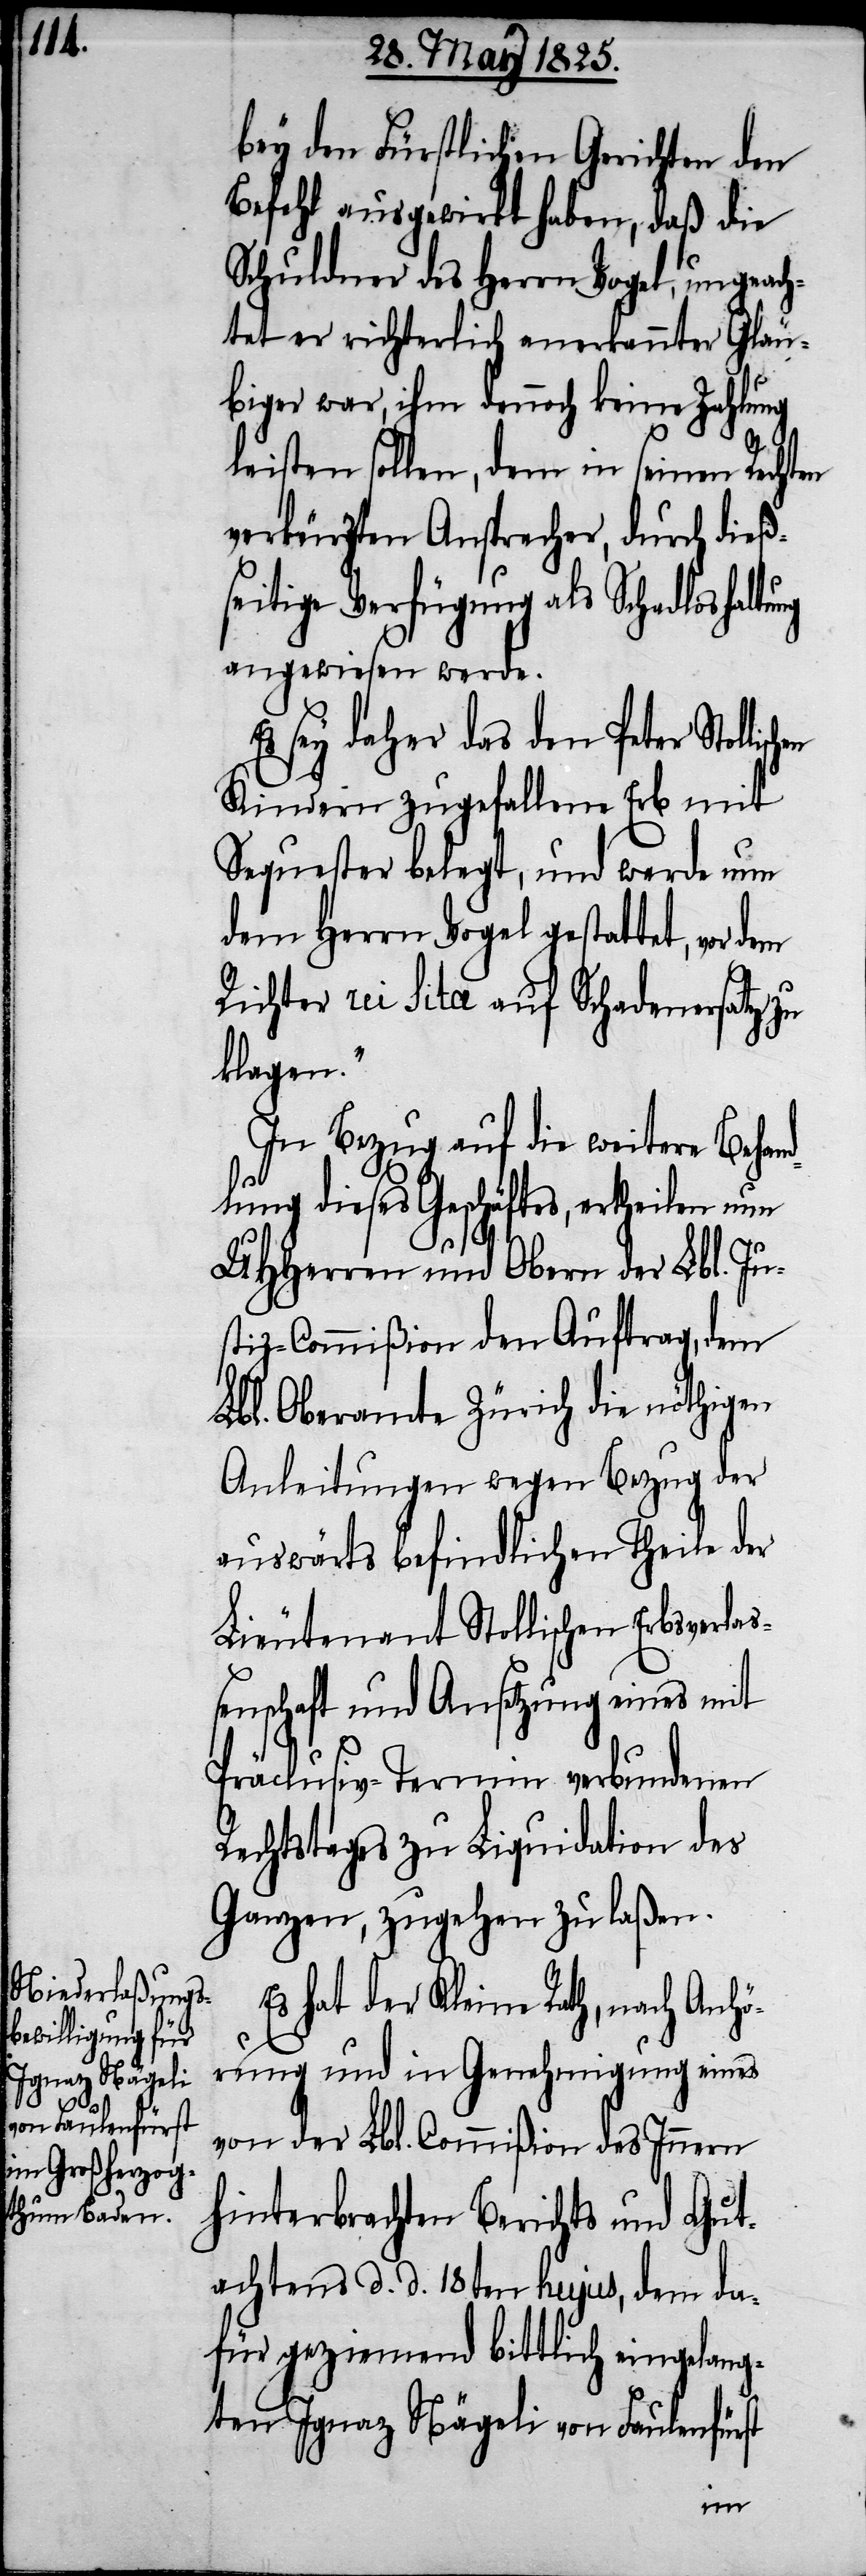
bey den Fürstlichen Gerichten den
Befehl ausgewirkt haben, daß die
Schuldner des Herrn Vogel, ungeach¬
tet er richterlich anerkannter Gläu¬
biger war, ihm dennoch keine Zahlung
sch¬
leisten sollen, dem in seinen Rechte
verbürgten Ansprecher, durch dieß¬
seitige Verfügung als Schadloshaltu¬
angewiesen werde.
sey daher des den Peter Stolli¬
Kindern zugefallene Erb mit
Sequester belegt, und werde nun
dem Herrn Vogel gestattet, vor dem
Richter rei Sita auf Schadenersatz zu
klagen.“
In Bezug auf die weitere Behan¬
dlung dieses Geschäftes, ertheilen nun
UHHerren und Obern der Lbl. Ju¬
stiz-Commißion den Auftrag, dem
Lbl. Oberamte Zürich die nöthigen
Anleitungen wegen Bezug der
auswärts befindlichen Theile der
Lieutenant Stollischen Erbsverla¬
ßenschaft und Ansetzung eines mit
Präclusiv-Termin verbundenen
Rechtstages zu Liquidation des
Ganzen, zugehen zu laßen.
Es hat der Kleine Rath, nach Anhö¬
rung und in Genehmigung eines
von der Lbl. Commißion des Innern
hinterbrachten Berichts und Gut¬
achtens d. d. 18ten hujus, dem da¬
für geziemend bittlich eingelang¬
ten Ignaz Nägeli von Faulenfürst
en